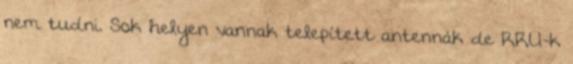
nem tudni. Sok helyen vannak telepített antennák de RRU-k